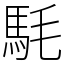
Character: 䭷